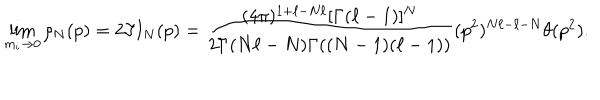
\lim _ { m _ { i } \rightarrow 0 } \rho _ { N } ( p ) = 2 \Im I _ { N } ( p ) = \frac { ( 4 \pi ) ^ { 1 + \ell - N \ell } [ \Gamma ( \ell - 1 ) ] ^ { N } } { 2 \Gamma ( N \ell - N ) \Gamma ( ( N - 1 ) ( \ell - 1 ) ) } ( p ^ { 2 } ) ^ { N \ell - \ell - N } \theta ( p ^ { 2 } ) .